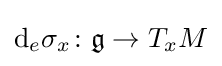
\mathrm {d} _{e}\sigma _{x}\colon {\mathfrak {g}}\to T_{x}M